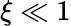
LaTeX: \xi\ll 1